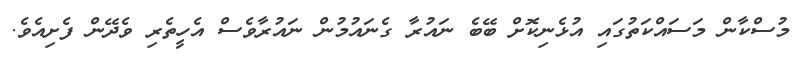
މުސްކާން މަސައްކަތުގައި އުޅެނިކޮށް ބޭބެ ނައުރާ ގެނައުމުން ނައުރާވެސް އެހީތެރި ވެދޭން ފެށިއެވެ.